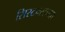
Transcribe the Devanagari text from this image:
सिस्टम्सच्या